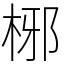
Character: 㭨